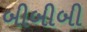
બીબીબી